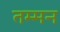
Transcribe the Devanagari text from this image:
तम्मन